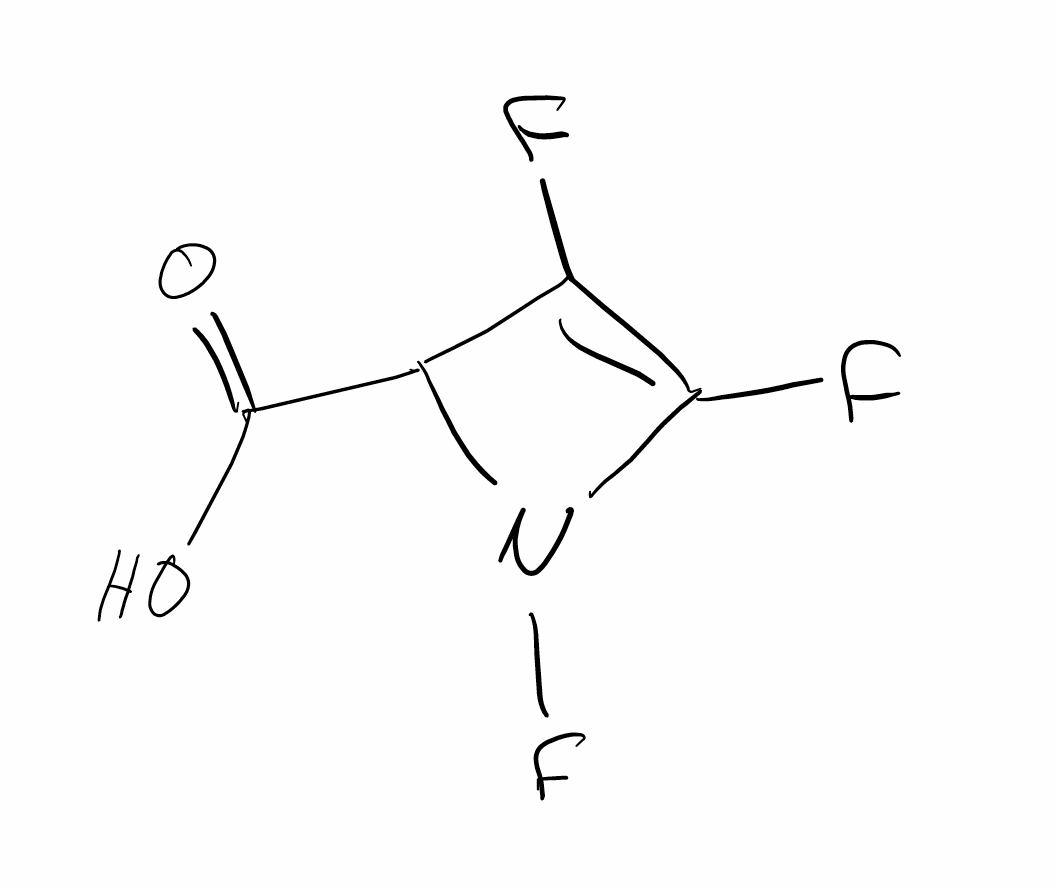
Simplified molecular-input line-entry system (SMILES) notation of the given molecule:
C1(C(=C(N1F)F)F)C(=O)O